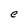
Character: e